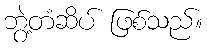
ဘွဲ့တံဆိပ် ဖြစ်သည်။